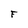
Character: F